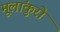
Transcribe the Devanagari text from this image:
मूलांकुरो